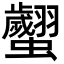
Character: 𧕼